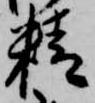
精